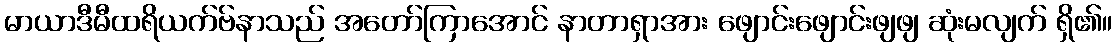
မာယာဒီမီထရိယက်ဗ်နာသည် အတော်ကြာအောင် နာတာရှာအား ဖျောင်းဖျောင်းဖျဖျ ဆုံးမလျက် ရှိ၏။